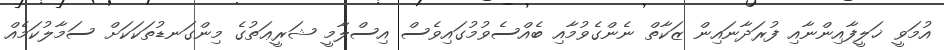
އުމަވީ ޚަލީފާއިންނާއި ފުރަދާނައިން ޒަކާތް ނެންގެވުމާއި ބެއްސެވުމުގައިވެސް އިސްލާމީ ޝަރީޢަތުގެ މިންގަނޑުތަކަކަށް ސަމާލުކަމެއް